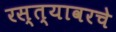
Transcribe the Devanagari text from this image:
रस्त्यावरचे